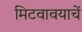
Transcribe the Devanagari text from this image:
मिटवावयाचें